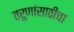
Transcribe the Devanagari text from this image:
तरुणांसाठीचा